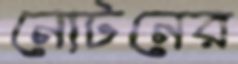
নোটনের